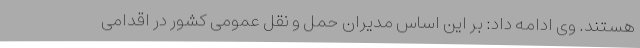
هستند. وی ادامه داد: بر این اساس مدیران حمل و نقل عمومی کشور در اقدامی